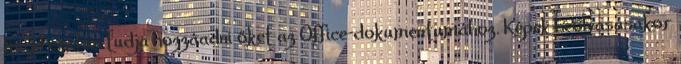
majd ezután tudja hozzáadni őket az Office-dokumentumához. Képek beolvasásakor